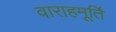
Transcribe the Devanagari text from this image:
वाराहमूर्ति